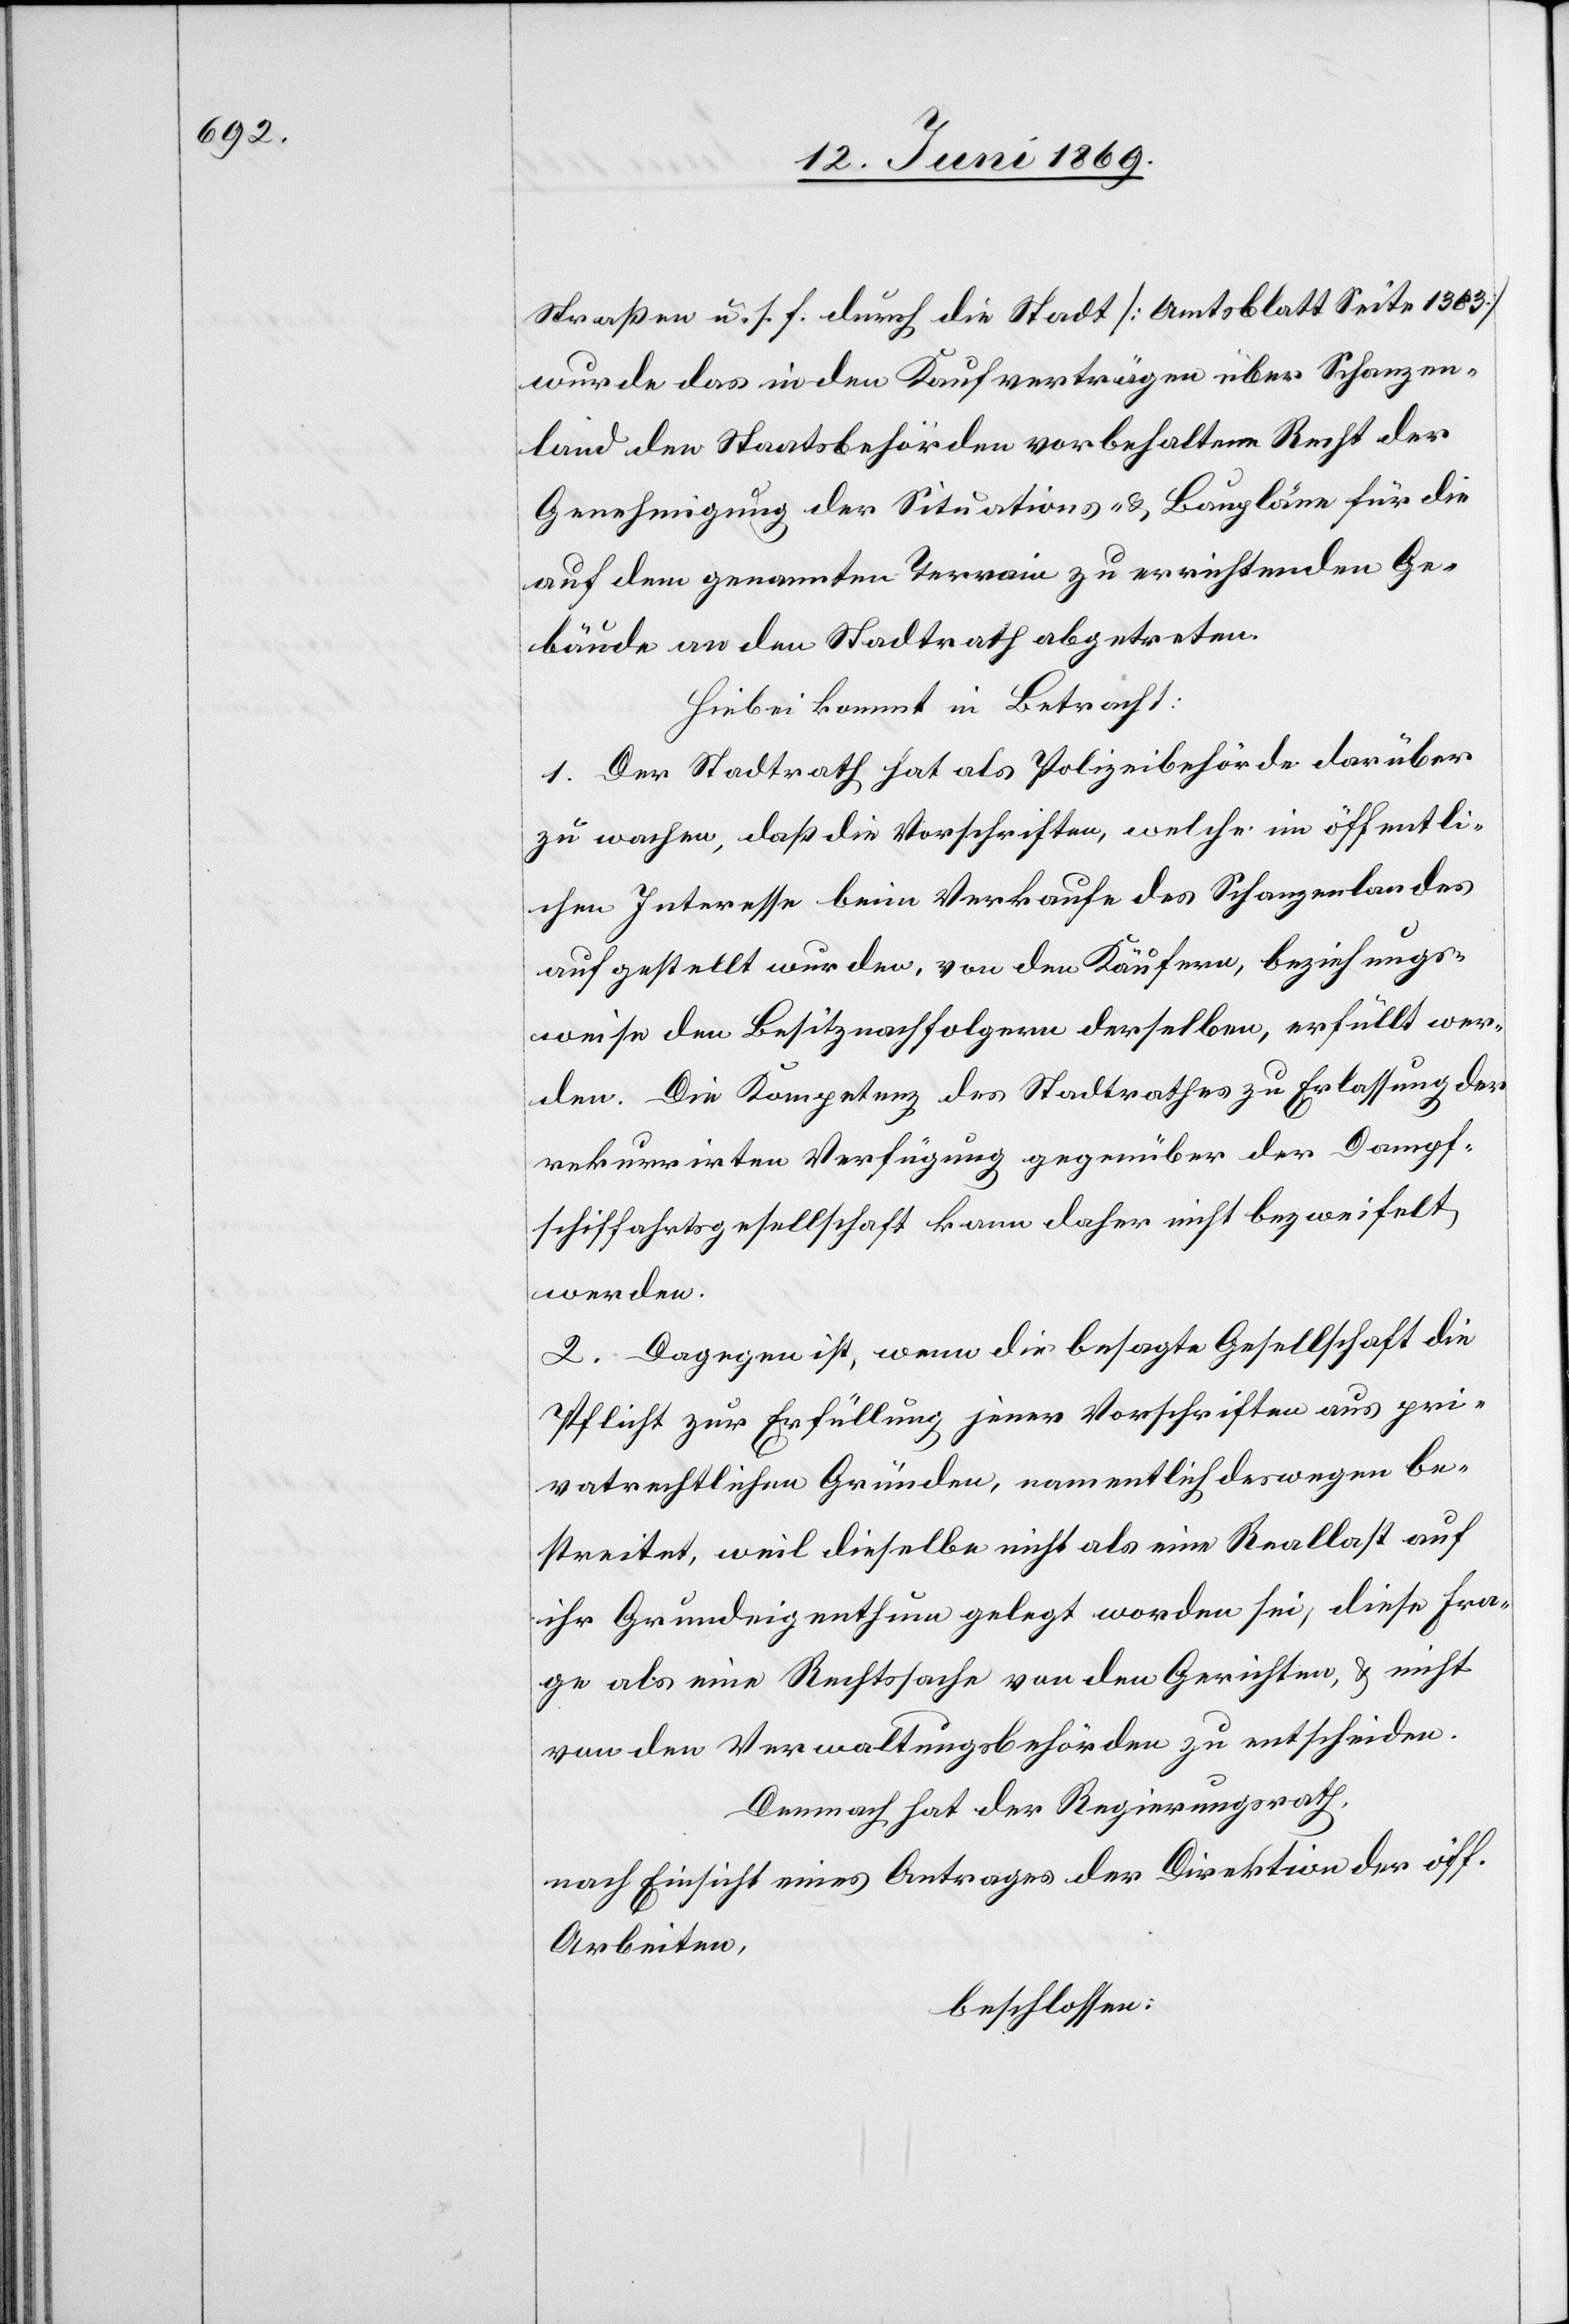
Straßen u. s. f. durch die Stadt [Amtsblatt Seite 1303]
wurde das in den Kaufverträgen über Schanzen¬
land den Staatsbehörden vorbehaltene Recht der
Genehmigung der Situations- u. Baupläne für die
auf dem genannten Terrain zu errichtenden Ge¬
bäude an den Stadtrath abgetreten.
Hiebei kommt in Betracht:
1. Der Stadtrath hat als Polizeibehörde darüber
zu wachen, daß die Vorschriften, welche im öffentli¬
chen Interesse beim Verkaufe des Schanzenlandes
aufgestellt wurden, von den Käufern, beziehungs¬
weise den Besitznachfolgern derselben, erfüllt wer¬
den. Die Kompetenz des Stadtrathes zu Erlassung der
rekurrirter Verfügung gegenüber der Dampf¬
schiffahrtsgesellschaft kann daher nicht bezweifelt
werden.
2. Dagegen ist, wenn die besagte Gesellschaft die
Pflicht zur Erfüllung jener Vorschriften aus pri¬
vatrechtlichen Gründen, namentlich deswegen be¬
streitet, weil dieselbe nicht als eine Reallast auf
ihr Grundeigenthum gelegt worden sei, diese Fra¬
ge als eine Rechtssache von den Gerichten, u. nicht
von den Verwaltungsbehörden zu entscheiden.
Demnach hat der Regierungsrath,
nach Einsicht eines Antrages der Direktion der öff.
Arbeiten,
beschlossen: